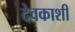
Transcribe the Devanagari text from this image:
देवकाशी